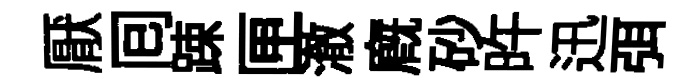
厭囘踈匣澈廐砂旿迅弭